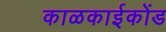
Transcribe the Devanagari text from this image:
काळकाईकोंड